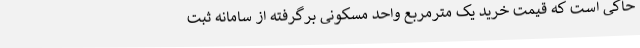
حاکی است که قیمت خرید یک مترمربع واحد مسکونی برگرفته از سامانه ثبت